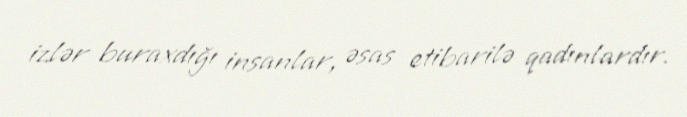
izlər buraxdığı insanlar, əsas etibarilə qadınlardır.